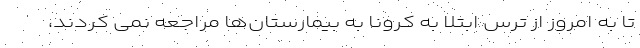
تا به امروز از ترس ابتلا به کرونا به بیمارستان‌ها مراجعه نمی کردند،